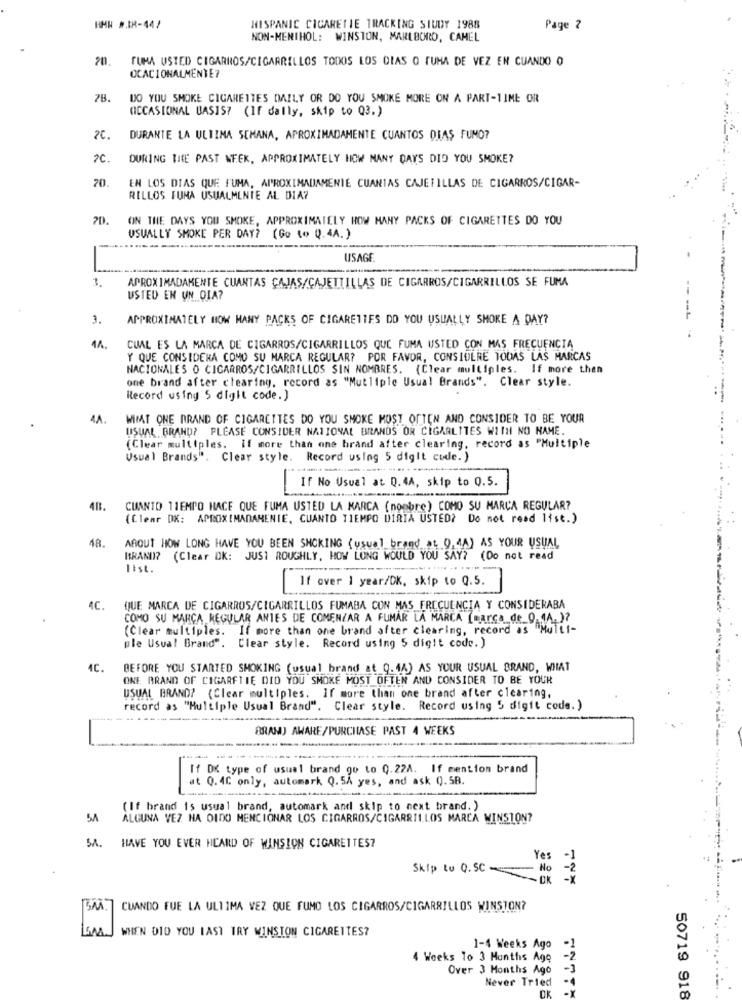
HHW #IR-44/
HISPANIC CIGARETTE TRACKING STUDY 1988
Page 2
NON-MENTHOL: WINSTON, MARLBORO, CAMEL
FUMA USTED CIGARROS/CIGARRILLOS TODOS LOS DIAS O TUMA DE VEZ EN CUANDO O
OCACIONALMENTE7
78.
DO YOU SMOKE CIGARETTES DAILY OR DO YOU SMOKE MORE ON A PART-TIME OR
OCCASIONAL BAS157 (If dally, skip to Q3.)
2C.
DURANTE LA ULTIMA SEMANA, APROXIMADAMENTE CUANTOS DIAS FUMO?
DURING THE PAST WEEK, APPROXIMATELY HOW MANY DAYS DID YOU SMOKE?
20.
EN LOS DIAS QUE FUMA, APROXIMADAMENTE CUANTAS CAJETILLAS DE CIGARROS/CIGAR-
RILLOS FUMA USUALMENTE AL DIA?
20.
ON THE DAYS YOU SMOKE, APPROXIMATELY HOW MANY PACKS OF CIGARETTES DO YOU
USUALLY SMOKE PER DAY? (Go (o Q.4A. )
USAGE
1.
APROXIMADAMENTE CUANTAS CAJAS/CAJETTILLAS DE CIGARROS/CIGARRILLOS SE FUMA
USTED EN UN DIA?
APPROXIMATELY HOW MANY PACKS OF CIGARETTES DO YOU USUALLY SMOKE A DAY?
CUAL ES LA MARCA DE CIGARROS/CIGARRILLOS QUE FUMA USTED CON MAS FRECUENCIA
Y QUE CONSIDERA COMO SU MARCA REGULAR? POR FAVOR, CONSIDERE TODAS LAS MARCAS
NACIONALES O CICARROS/CIGARRILLOS SIN NOMBRES. (Clear multiples. If more then
one brand after clearing, record as "Mutliple Usual Brands". Clear style.
Record using 5 digit code.)
4A.
WIIAT ONE BRAND OF CIGARETTES DO YOU SMOKE MOST OFTEN AND CONSIDER TO BE YOUR
USUAL BRAND? PLEASE CONSIDER NATIONAL BRANDS OR CIGARLITES WITH NO NAME
(Clear multiples. if more than one brand after clearing, record as "Multiple
Usual Brands". Clear style. Record using 5 digit cude. )
If No Usual at Q.4A, skip to Q.5.
4B.
CUANTO TIEMPO HACE QUE FUMA USTED LA MARCA (nombre) COMO SU MARCA REGULAR?
(Clear DX: APROXIMADAMENTE, CUANTO TIEMPO DIRIA USTED? Do not read list.)
ABOUT HOW LONG HAVE YOU BEEN SHOKING (usual brand at 0,44) AS YOUR USUAL
BRANDI? (Clear DK: JUST ROUGHLY, HOW LONG WOULD YOU SAY? (Do not read
Itst.
If over 1 year/DK, skip to Q.5.
4C.
QUE MARCA DE CIGARROS/CIGARRILLOS FUMABA CON MAS FRECUENCIA Y CONSIDERABA
COMO SU MARCA REGULAR ANTES DE COMENZAR A FUMAR LA MARCA [CARGA_de_9.44. )?
(Clear multiples. If more than one brand after clearing, record as "Multi-
ple Usual Brand". Clear style. Record using 5 digit code. )
4C.
BEFORE YOU STARTED SMOKING (usual brand at 9.44) AS YOUR USUAL BRAND, WHAT
ONE BRAND OF CIGARFTIE DID YOU SMOKE MOST OFTEN AND CONSIDER TO BE YOUR
USUAL BRAND? (Clear multiples. If more than one brand after clearing,
record as "Multiple Usual Brand". Clear style. Record using 5 digit code. )
BRAM) AWARE/PURCHASE PAST 4 WEEKS
--
If DK type of usual brand go to 0.22A. If mention brand
at 0.40 only, automark Q. 5A yes, and ask ().58.
(If brand is usual brand, automark and skip to next brand. )
54
ALGUNA VEZ HA OIDO MENCIONAR LOS CIGARROS/CIGARRILLOS MARCA WINSTON?
SA. HAVE YOU EVER HEARD OF WANSION CIGARETTES?
Yes
-1
Skip to Q.SC
- No
-2
OK
-X
CUANDO FUE LA ULTIMA VEZ QUE FUMO LOS CIGARROS/CIGARRILLOS WINSTON?
WHEN DID YOU LAST IRY WINSTON CIGARETTES?
1-4 Weeks Ago -1
4 Weeks To 3 Months Ago
-2
Over 3 Months Ago
-3
Never Tried
-4
50719 918